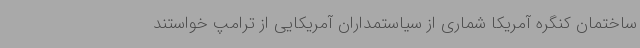
ساختمان کنگره آمریکا شماری از سیاستمداران آمریکایی از ترامپ خواستند